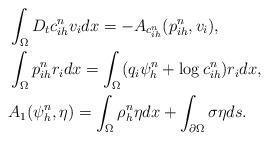
LaTeX: \begin{align*}& \int_{\Omega} D_t c_{ih}^n v_i dx =- A_{c_{ih}^n}(p_{ih}^n, v_{i}),\\ & \int_{\Omega}p_{ih}^n r_i dx =\int_{\Omega}(q_i \psi_h^n + \log c_{ih}^n )r_{i}dx,\\ & A_1(\psi_{h}^n, \eta) = \int_{\Omega} \rho^n_h \eta dx + \int_{\partial \Omega} \sigma \eta ds. \end{align*}